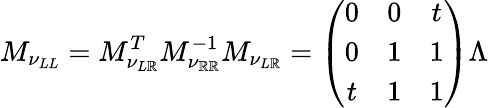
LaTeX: M_{\nu_{LL}}=M_{\nu_{L\mathbb{R}}}^{T}M_{\nu_{\mathbb{R}\mathbb{R}}}^{-1}M_{\nu_{L\mathbb{R}}}=\left(\begin{array}{ccc}{{0}}&{{0}}&{{t}}\\ {{0}}&{{1}}&{{1}}\\ {{t}}&{{1}}&{{1}}\end{array}\right)\Lambda